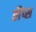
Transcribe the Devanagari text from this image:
लैंप्स